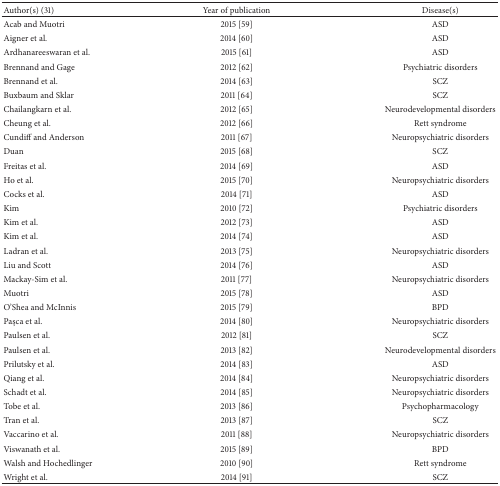
<table><thead><tr><td><b>Author(s) (31)</b></td><td><b>Year of publication</b></td><td><b>Disease(s)</b></td></tr></thead><tbody><tr><td>Acab and Muotri</td><td>2015 [59]</td><td>ASD</td></tr><tr><td>Aigner et al.</td><td>2014 [60]</td><td>ASD</td></tr><tr><td>Ardhanareeswaran et al. </td><td>2015 [61]</td><td>ASD</td></tr><tr><td>Brennand and Gage</td><td>2012 [62]</td><td>Psychiatric disorders</td></tr><tr><td>Brennand et al. </td><td>2014 [63]</td><td>SCZ</td></tr><tr><td>Buxbaum and Sklar</td><td>2011 [64]</td><td>SCZ</td></tr><tr><td>Chailangkarn et al.</td><td>2012 [65]</td><td>Neurodevelopmental disorders</td></tr><tr><td>Cheung et al.</td><td>2012 [66]</td><td>Rett syndrome</td></tr><tr><td>Cundiff and Anderson</td><td>2011 [67]</td><td>Neuropsychiatric disorders</td></tr><tr><td>Duan</td><td>2015 [68]</td><td>SCZ</td></tr><tr><td>Freitas et al.</td><td>2014 [69]</td><td>ASD</td></tr><tr><td>Ho et al.</td><td>2015 [70]</td><td>Neuropsychiatric disorders</td></tr><tr><td>Cocks et al.</td><td>2014 [71]</td><td>ASD</td></tr><tr><td>Kim</td><td>2010 [72]</td><td>Psychiatric disorders</td></tr><tr><td>Kim et al.</td><td>2012 [73]</td><td>ASD</td></tr><tr><td>Kim et al.</td><td>2014 [74]</td><td>ASD</td></tr><tr><td>Ladran et al. </td><td>2013 [75]</td><td>Neuropsychiatric disorders</td></tr><tr><td>Liu and Scott</td><td>2014 [76]</td><td>ASD</td></tr><tr><td>Mackay-Sim et al.</td><td>2011 [77]</td><td>Neuropsychiatric disorders</td></tr><tr><td>Muotri</td><td>2015 [78]</td><td>ASD</td></tr><tr><td>O&#x27;Shea and McInnis </td><td>2015 [79]</td><td>BPD</td></tr><tr><td>Paşca et al.</td><td>2014 [80]</td><td>Neuropsychiatric disorders</td></tr><tr><td>Paulsen et al.</td><td>2012 [81]</td><td>SCZ</td></tr><tr><td>Paulsen et al. </td><td>2013 [82]</td><td>Neurodevelopmental disorders</td></tr><tr><td>Prilutsky et al.</td><td>2014 [83]</td><td>ASD</td></tr><tr><td>Qiang et al. </td><td>2014 [84]</td><td>Neuropsychiatric disorders</td></tr><tr><td>Schadt et al.</td><td>2014 [85]</td><td>Neuropsychiatric disorders</td></tr><tr><td>Tobe et al.</td><td>2013 [86]</td><td>Psychopharmacology</td></tr><tr><td>Tran et al.</td><td>2013 [87]</td><td>SCZ</td></tr><tr><td>Vaccarino et al.</td><td>2011 [88]</td><td>Neuropsychiatric disorders </td></tr><tr><td>Viswanath et al.</td><td>2015 [89]</td><td>BPD</td></tr><tr><td>Walsh and Hochedlinger</td><td>2010 [90]</td><td>Rett syndrome </td></tr><tr><td>Wright et al.</td><td>2014 [91]</td><td>SCZ</td></tr></tbody></table>